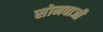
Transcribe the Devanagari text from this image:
सोमवाजी